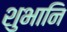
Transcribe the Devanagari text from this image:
शुभानि